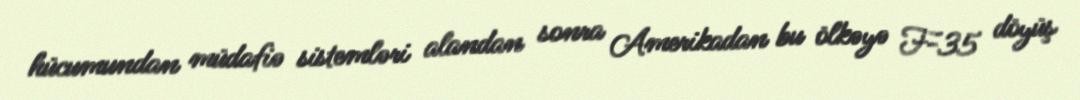
hücumundan müdafiə sistemləri alandan sonra Amerikadan bu ölkəyə F-35 döyüş